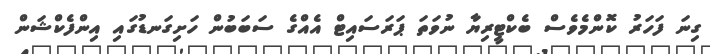
ގިނަ ފަހަރު ކޮންމެވެސް ބެކްޓީރިޔާ ނުވަތަ ޕަރަސައިޓް އެއްގެ ސަބަބުން ހަށިގަނޑުގައި އިންފެކްޝަން